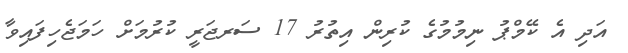
އަދި އެ ކޭމްޕު ނިމުމުގެ ކުރިން އިތުރު 17 ސަރޖަރީ ކުރުމަށް ހަމަޖެހިފައިވާ